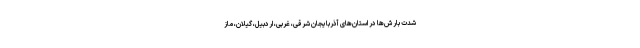
شدت بارش‌ها در استان‌های آذربایجان شرقی، غربی، اردبیل، گیلان، ماز